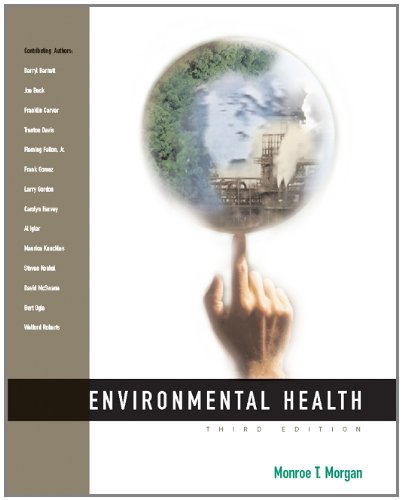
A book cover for Environmental Health; Monroe T. Morgan; Medical Books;